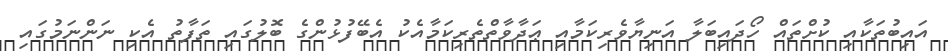
އައިބުތަކާއި ކުށްތައް ހޯދައިބަލާ އަނިޔާވެރިކަމާއި ޢަދާވާތްތެރިކަމާއެކު އެބޭފުޅުންގެ ބޮލުގައި ތަފާތު އެކި ނަންނަމުގައި